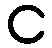
င